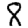
Digit: 8